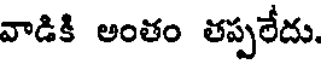
వాడికి అంతం తప్పలేదు.